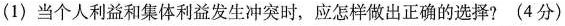
(1) 当个人利益和集体利益发生冲突时，应怎样做出正确的选择? (4分)